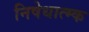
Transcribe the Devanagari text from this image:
निषेधात्म्क